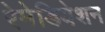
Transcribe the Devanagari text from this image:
रेमेडियेशन